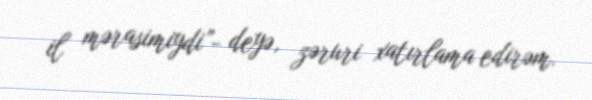
il mərasimiydi”- deyə, zəruri xatırlama edirəm.